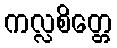
ကလ္လစိတ္တေ